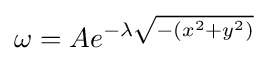
\omega =Ae^{-\lambda {\sqrt {-(x^{2}+y^{2})}}}